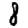
Digit: 8